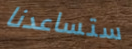
ستساعدنا